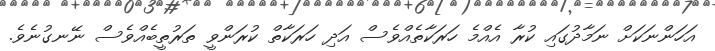
އަހަންނަކަށް ނަމާދުގައި ކުރާ އެއްމެ ހަރަކާތެއްވެސް އަދި ހަރަކާތް ކުރަންވީ ތަރުތީބެއްވެސް ނޭނގުނެވެ.